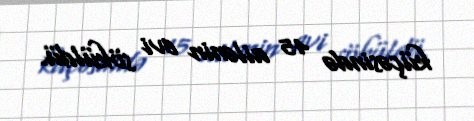
küçəsində 45 ailənin evi söküldü.